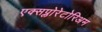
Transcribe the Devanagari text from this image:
एक्सप्लोरेटोरिअम